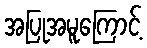
အပြုအမူကြောင့်